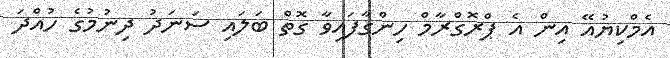
އެމްކިޔުއޭ އިން އެ ޕްރޮގްރާމް ހިންގާފައިވާ ގޮތް ބަލައި ސަނަދު ދިނުމުގެ ހުއްދަ